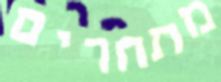
מתחרים